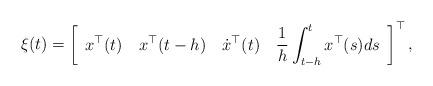
LaTeX: \begin{align*}\xi(t) = \left[ \begin{array}{cccc}\displaystyle x^{\top}(t) \ \ \ x^{\top}(t-h) \ \ \ \dot{x}^{\top}(t) \ \ \ \frac{1}{h} \int_{t-h}^t x^{\top}(s) ds \end{array}\right]^{\top},\end{align*}